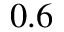
0 . 6